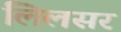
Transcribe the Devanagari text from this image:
लिलसर